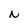
Character: N